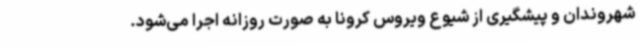
شهروندان و پیشگیری از شیوع ویروس کرونا به صورت روزانه اجرا می‌شود.